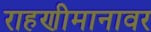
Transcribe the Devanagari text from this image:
राहणीमानावर